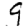
Digit: 9